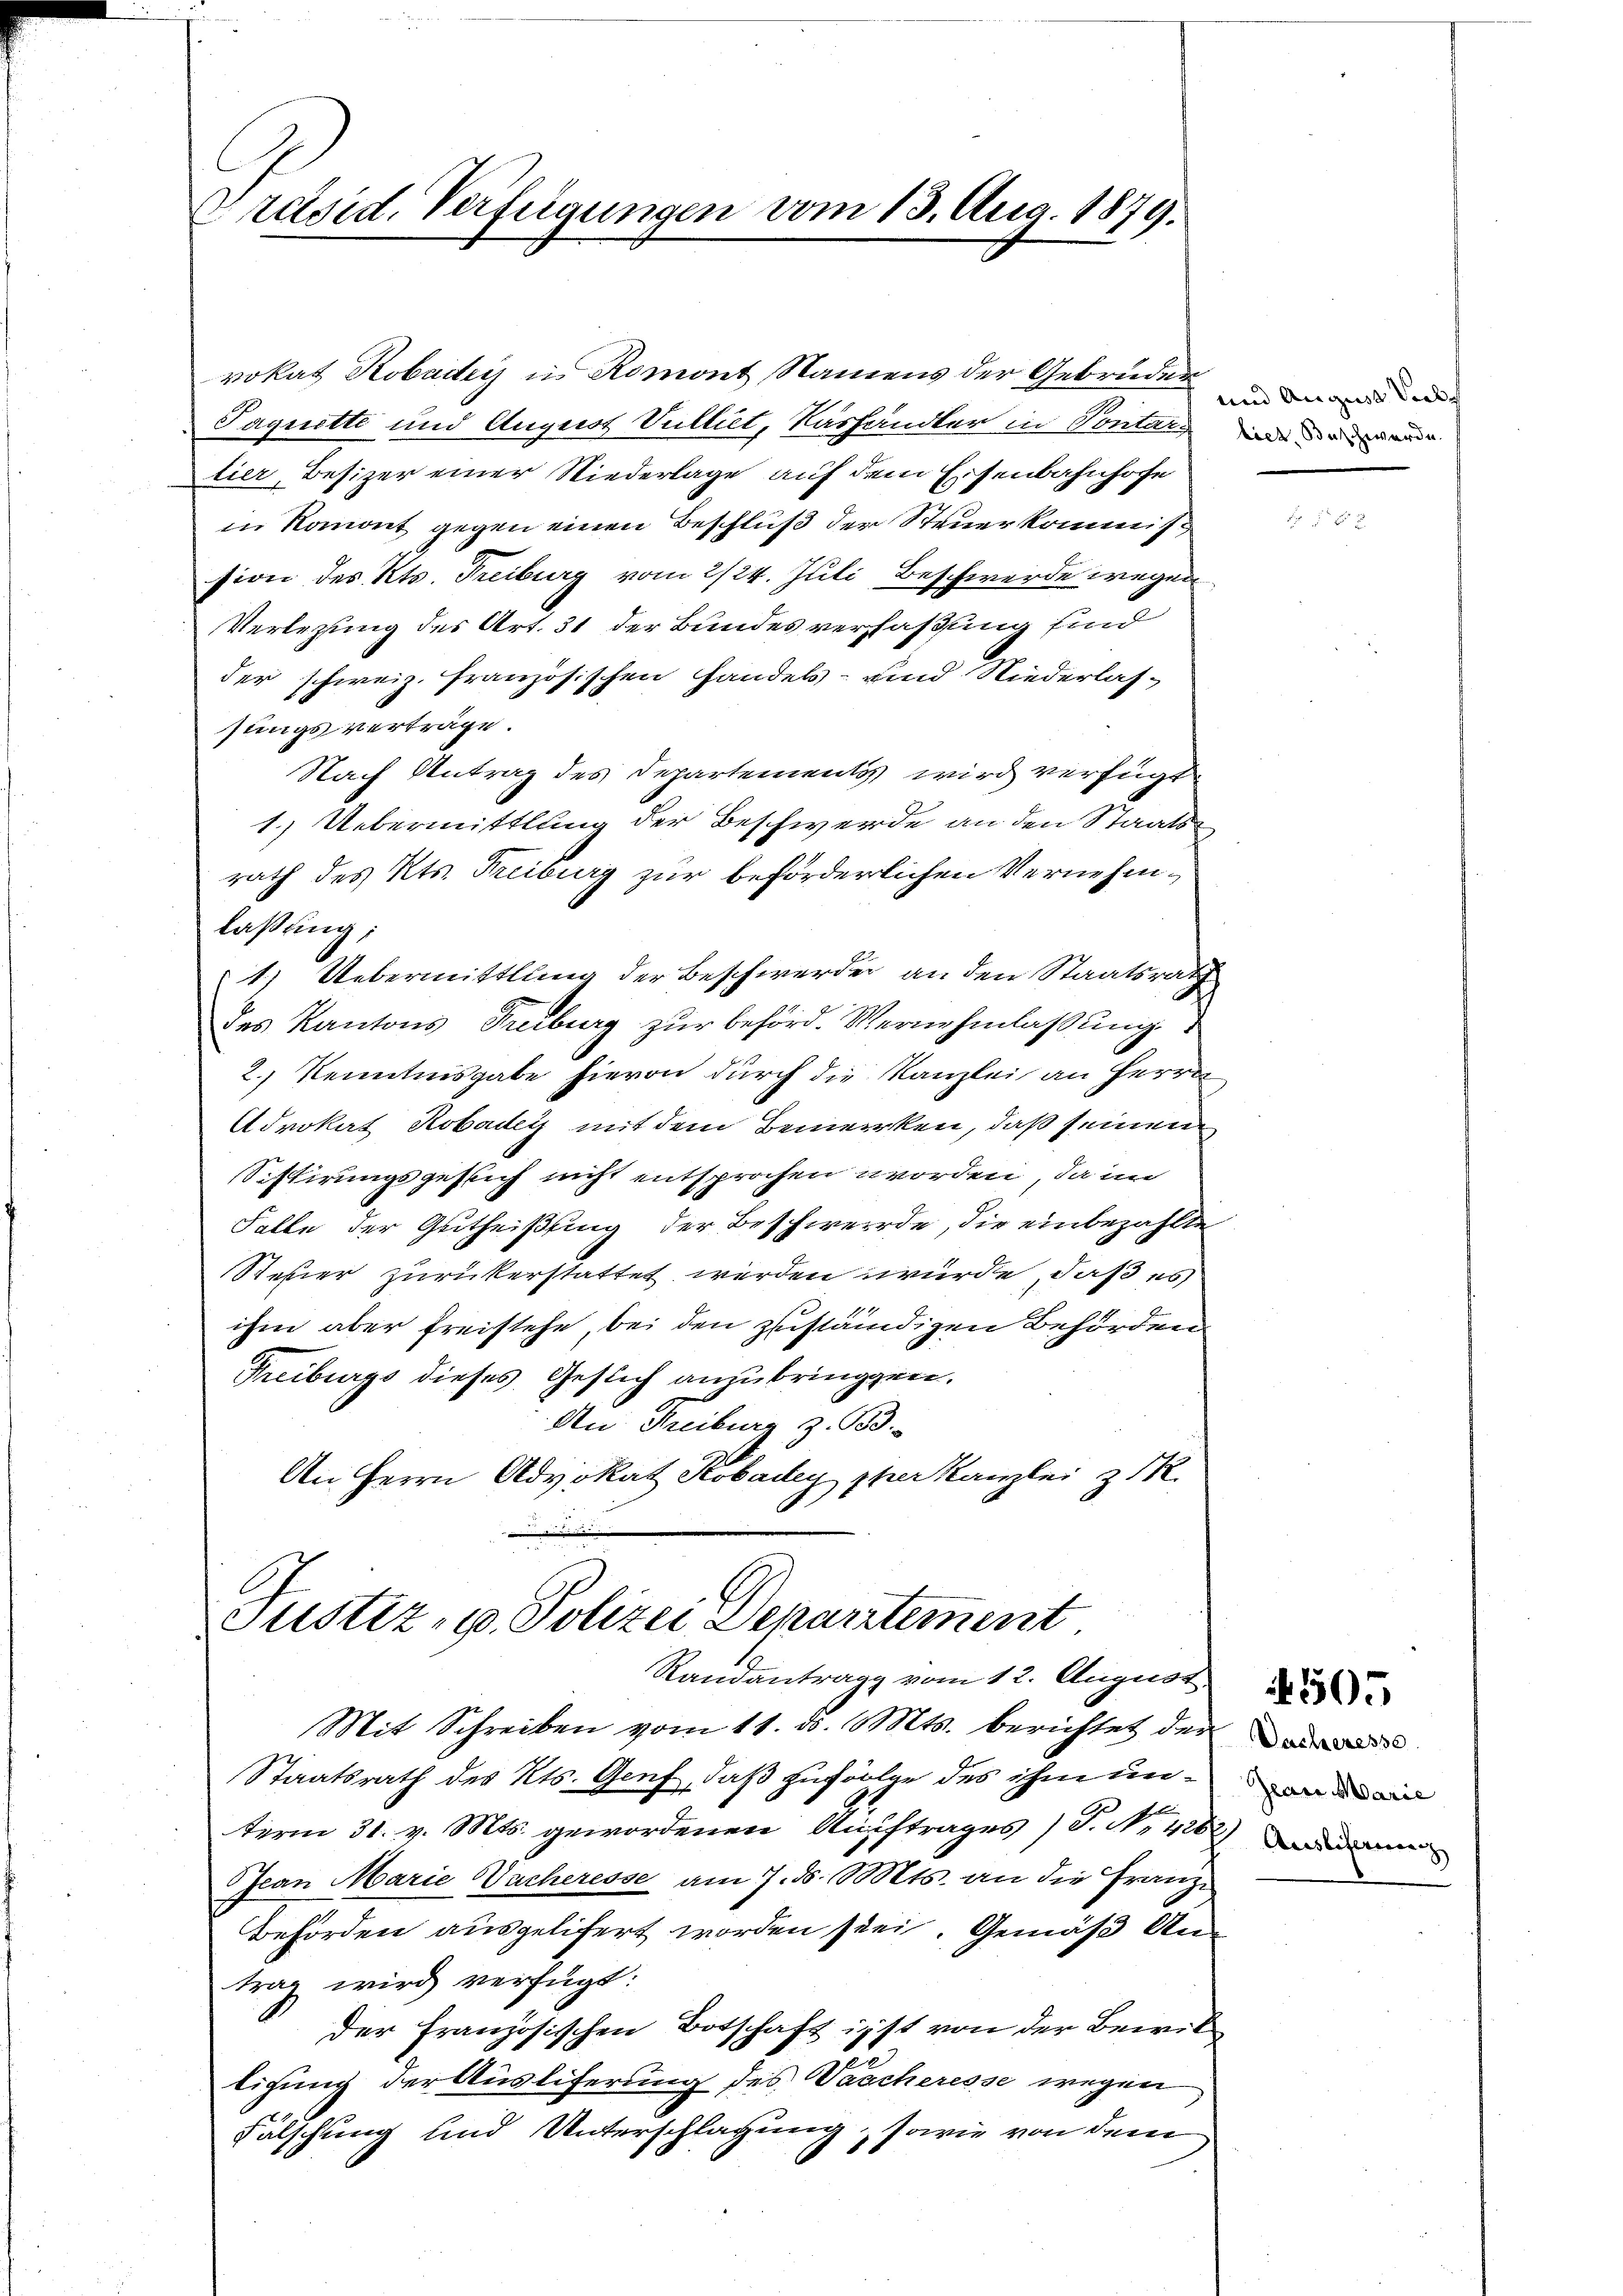
Präsid. Verfügungen vom 13. Aug. 1879.

vokat Robader ins Romont Namens der Gebrüder
Paquette und August Vulliet, Käshändler in Pontars
lier, Besizer einer Niederlage auf dem Eisenbahnhofe
in Romont gegen einen Beschluß der Steuerkommiß
sion des Kts. Freiburg vom 2/24. Juli, Beschwerde wegen
Verlegung des Art. 31 der Bundesverfaßung sind
der schweiz. französischen Handels- und Niederlas-
sungsverträge.
Nach Antrag des Departementis wird verfügte
1.) Uebermittlung der Beschwerde an den Staatsrath des Kts. Freiburg zur beförderlichen Vernehmlaßung;
1. Uebermittlung der Beschwerder an den Staatsrath
des Kantons Treiburg zur behörd. Wernehmlassung.
2.) Kenntnisgabe hievon durch die Kanzlei an Herrn
Advokat Robader mit dem Bemerken, daß seinem
Sistirungsgeslich nicht entsprochen worden, da im
Falle der Gutheißung der Beschwerde, die einbezahlte
Steher zurükerstattet werden würde, daß es
ihm aber freistehe, bei den zuständigen Behörden
Freiburgs dieses Gesich anzubringen.
An Freiburg z. B.
An Herrn Advokat Kobadey per Kanzlei z
.

Justiz, u. Polizei Departement
Randantrag vom 12. August

Mit Schreiben vom 11. ds. Mts. berichtet der
Staatsrath des Kts. Genf, daß zufolge des ihm unterm 31. v. Mts. gewordenen Auftrages (S. Nr. 428) am
Jean Marie Sacheresse am 7. ds. Mts. an die Franz
Behörden ausgelifert worden sei. Gemäß Antrag wird verfügt:
der Französischen Botschaft ist von der Bewil
ligung der Auslieferung des Wascheresse wegen
Fälschung und Unterschlagung, sowie von dem

und August Seelich
biet, Beschwerde.

1505

Dacheresse
Zear Marie